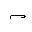
Letter: _mim